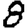
Digit: 8